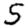
Digit: 5